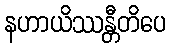
နဟာယိဿန္တီတိပေ